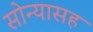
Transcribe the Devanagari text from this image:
सोन्यासह